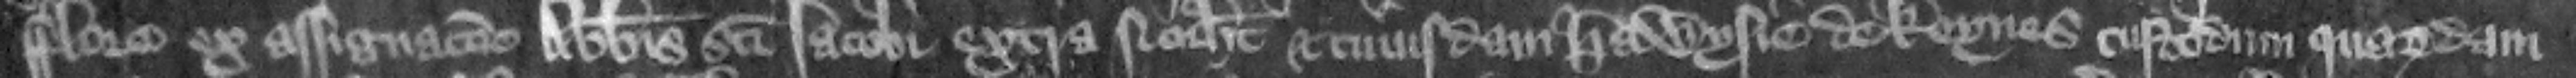
Flore ex assignacione abbatis Sancti lacobi extra Norhamton et cuiusdam Hawysie de Keynes custodum quarundam